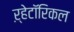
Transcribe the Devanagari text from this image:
ऱ्हेटॉरिकल